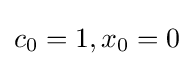
{\textstyle c_{0}=1,x_{0}=0}